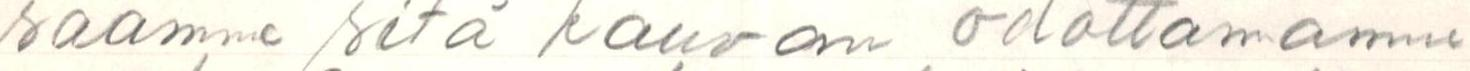
saamme sitä kauvan odottamne